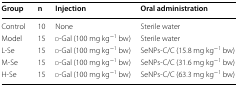
| Group | n | Injection | Oral administration |
 | --- | --- | --- | --- |
 | Control | 10 | None | Sterile water |
 | Model | 15 | d-Gal (100 mg kg−1 bw) | Sterile water |
 | L-Se | 15 | d-Gal (100 mg kg−1 bw) | SeNPs-C/C (15.8 mg kg−1 bw) |
 | M-Se | 15 | d-Gal (100 mg kg−1 bw) | SeNPs-C/C (31.6 mg kg−1 bw) |
 | H-Se | 15 | d-Gal (100 mg kg−1 bw) | SeNPs-C/C (63.3 mg kg−1 bw) |